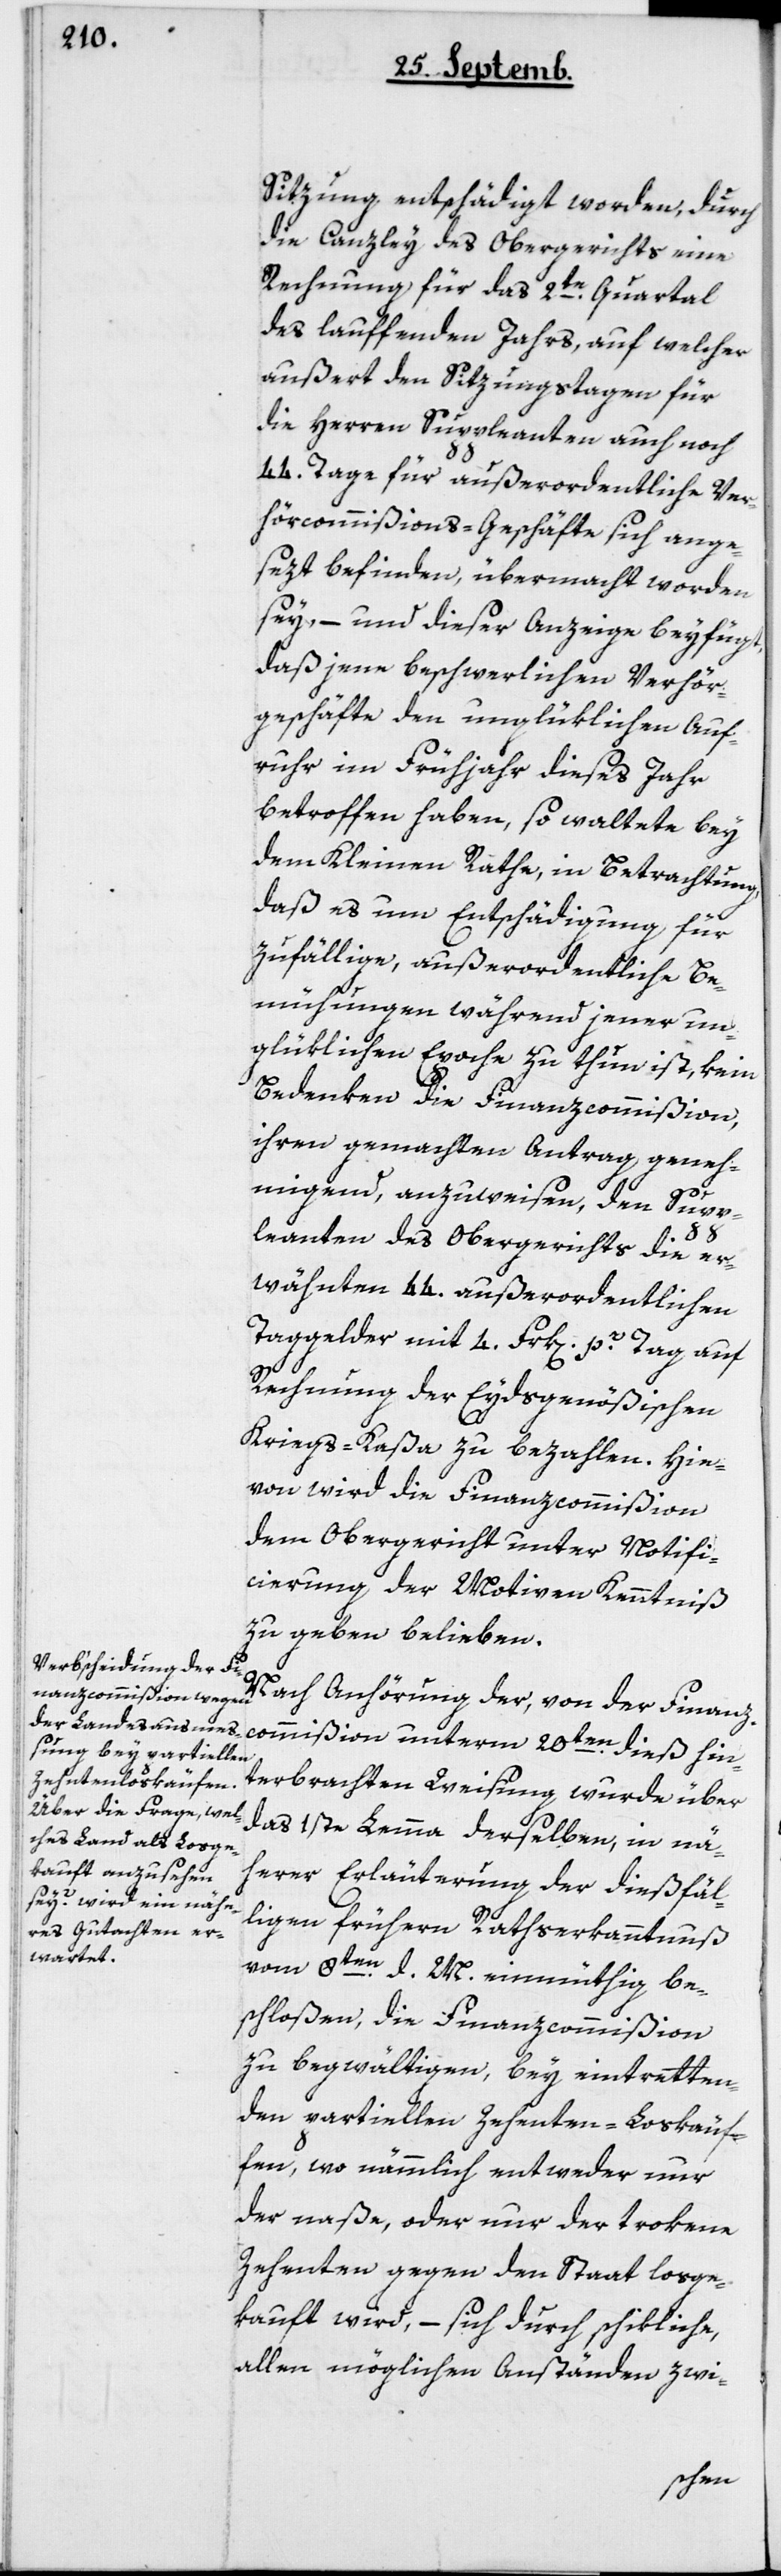
Sitzung entschädigt worden, durch
die Canzley des Obergerichts eine
Rechnung für das 2te Quartal
des laufenden Jahrs, auf welcher
außert den Sizungstagen für
die Herren Suppleanten auch noch
44 Tage für außerordentliche Ver¬
hörscommißions-Geschäfte sich ange¬
sezt befinden, übermacht worden
sey, – und dieser Anzeige beyfügt,
daß jene beschwerlichen Verhör¬
geschäfte den unglüklichen Auf¬
ruhr im Frühjahr dieses Jahr
betroffen haben, so waltete bey
dem Kleinen Rathe, in Betrachtung,
daß es um Entschädigung für
zufällige, außerordentliche Be¬
mühungen während jener un¬
glüklichen Epoche zu thun ist, kein
Bedenken die Finanzcommißion,
ihren gemachten Antrag geneh¬
migend, anzuweisen, den Supp¬
leanten des Obergerichts die er¬
wähnten 44 außerordentlichen
Taggelder mit 4 Frk[en] pro Tag auf
Rechnung der Eydsgenößischen
Kriegs-Kaßa zu bezahlen. Hie¬
von wird die Finanzcommißion
dem Obergericht unter Notifi¬
cierung der Motiven Kenntniß
zu geben belieben.
Nach Anhörung der, von der Finanz¬
commißion unterm 20ten dieß hin¬
terbrachten Weisung, wurde über
das erste Lemma derselben, in nä¬
herer Erläuterung der dießfäl¬
ligen frühern Rathserkanntnuß
vom 8ten d. M. einmüthig be¬
schloßen, die Finanzcommißion
zu begwältigen, bey eintretten¬
den partiellen Zehenten-Loskäu¬
fen, wo nämmlich entweder nur
der naße, oder nur der trokene
Zehenten gegen den Staat losge¬
kauft wird, – sich durch schikliche,
allen möglichen Anständen zwi-